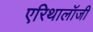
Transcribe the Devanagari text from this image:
एरिथालॉजी